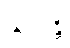
သယန္တိ